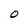
Character: O